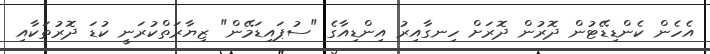
އެހެން ކެންޑިޑޭޓުން ދޮރުން ދޮރަށް ހިނގާއިރު އިންޑިއާގެ "ސުޕައިޑަމޭން" ޒިޔާރަތްކުރަނީ ކުޑަ ދޮރުތަކާއި